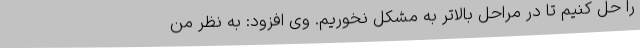
را حل کنیم تا در مراحل بالاتر به مشکل نخوریم. وی افزود: به نظر من